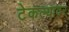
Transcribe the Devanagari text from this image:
टेकल्यावर